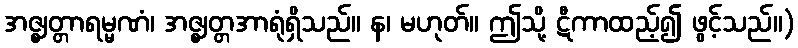
အဇ္ဈတ္တာရမ္မဏံ၊ အဇ္ဈတ္တအာရုံရှိသည်။ န၊ မဟုတ်။ ဤသို့ ဋီကာထည့်၍ ဖွင့်သည်။)